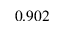
0 . 9 0 2